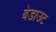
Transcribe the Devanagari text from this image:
बेडाउट